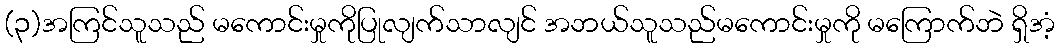
(၃)အကြင်သူသည် မကောင်းမှုကိုပြုလျက်သာလျင် အဘယ်သူသည်မကောင်းမှုကို မကြောက်ဘဲ ရှိအံ့